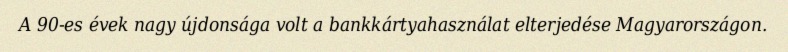
A 90-es évek nagy újdonsága volt a bankkártyahasználat elterjedése Magyarországon.